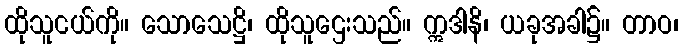
ထိုသူငယ်ကို။ သောသေဋ္ဌိ၊ ထိုသူဌေးသည်။ ဣဒါနိ၊ ယခုအခါ၌။ တာဝ၊